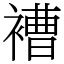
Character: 褿